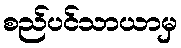
စည်ပင်သာယာမှ